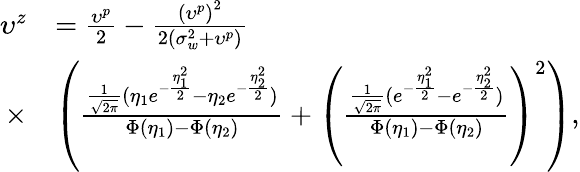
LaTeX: \begin{array}{rl}{\upsilon^{z}}&{=\frac{\upsilon^{p}}{2}-\frac{{{\left({{\upsilon}^{p}}\right)}^{2}}}{2\left(\sigma_{w}^{2}+{{\upsilon}^{p}}\right)}}\\ {\times}&{\left(\frac{\frac{1}{\sqrt{2\pi}}(\eta_{1}e^{-\frac{\eta_{1}^{2}}{2}}-\eta_{2}e^{-\frac{\eta_{2}^{2}}{2}})}{\Phi(\eta_{1})-\Phi(\eta_{2})}+\left(\frac{\frac{1}{\sqrt{2\pi}}(e^{-\frac{\eta_{1}^{2}}{2}}-e^{-\frac{\eta_{2}^{2}}{2}})}{\Phi(\eta_{1})-\Phi(\eta_{2})}\right)^{2}\right),}\end{array}